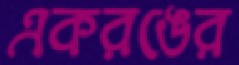
একরঙের